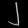
Digit: ၂